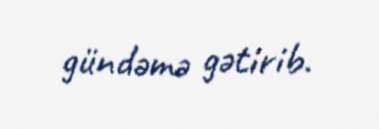
gündəmə gətirib.